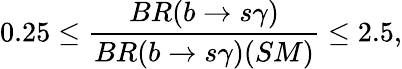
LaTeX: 0.25\leq\frac{BR(b\rightarrow s\gamma)}{BR(b\rightarrow s\gamma)(SM)}\leq 2.5,